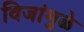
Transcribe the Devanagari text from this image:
विजांमुळे